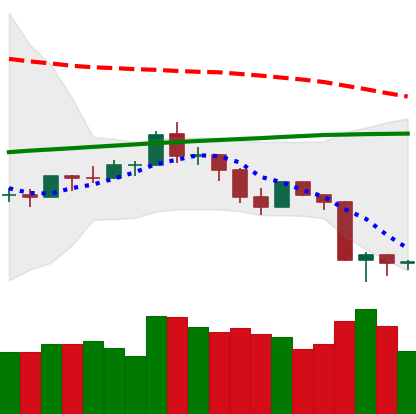
Ticker: ETH-USD
Chart end date: 2019-08-17
Forward return: 3.04%
Label: up_3_5